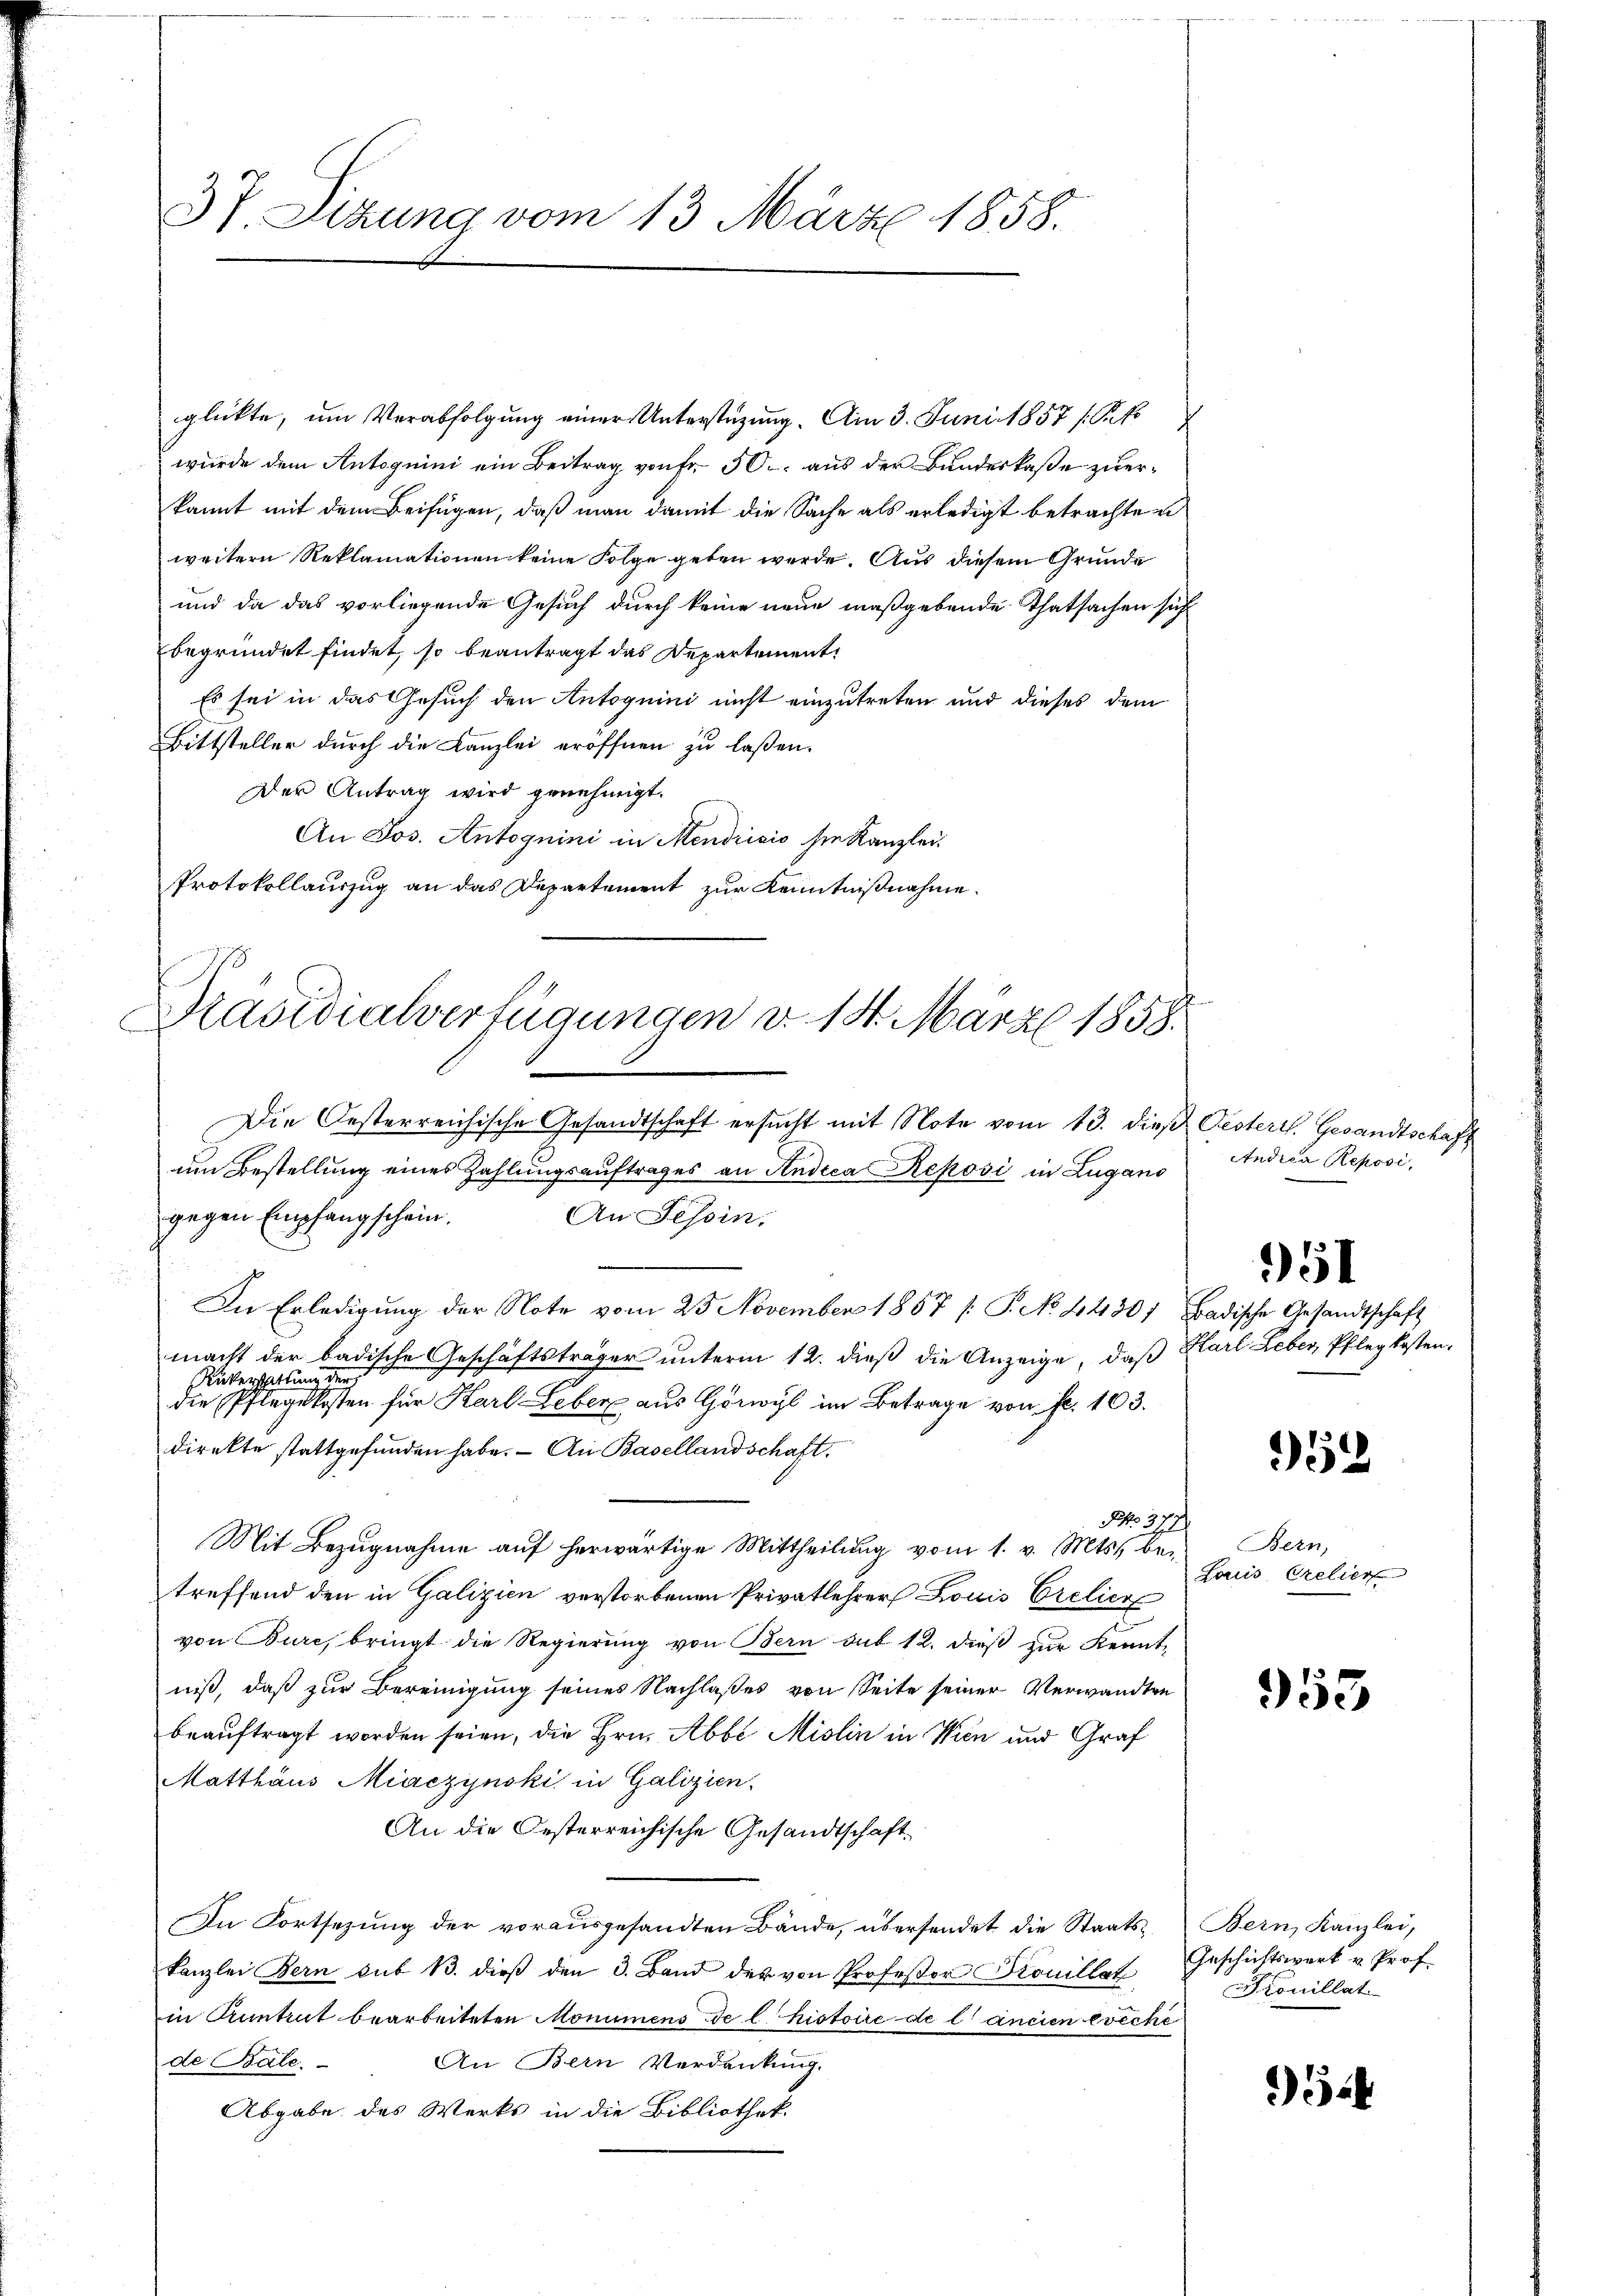
37. Sitzung vom 13. März 1858.

glükte, um Verabfolgung einer Unterstüzung. Am 3. Juni 1857 (Pf
wurde dem Antoguini ein Beitrag von Fr. 50. aus der Bundeskaße zuerkannt mit dem Beifügen, daß man damit die Sache als erledigt betrachten
weitern Reklamationen keine Folge geben werde. Aus diesem Grunde
und da das vorliegende Gesuch durch keine neue maßgebende Thatsachen sich
begründet findet, so beantragt das Departement
Es sei in das Gesuch den Antoquini nicht einzutreten und dieses dem
Bittsteller durch die Kanzlei eröffnen zu laßen.
Der Antrag wird genehmigt.
An Jos. Antognini in Mendrisis sie Kanzlei.
Protokollauszug an das Departement zur Kenntnißnahme.

Präsidialverfügungen v. 18. März 1858.

um Bestellung eines Zahlungsauftrages an Indica Reposi in Zugano
gegen Empfangschein.
An Tessin,
e
In Erledigung der Note vom 25. November 1857 /: P. No 1430) Badische Gesandtschaft
macht der badische Geschäftsträger unterm 12. dieß die Anzeige, daß Karl Leber, Pflegkosten,
Rükerschaftung der
die Pflegekosten für Karl Leber aus Görwyl im Betrage von fr. 103.
direkte stattgefunden habe. - An Basellandschaft
No 277
Mit Bezugnahme auf herwärtige Mittheilung vom 1. v. Mts. be-
treffend den in Galizien verstorbenen Privatlehrer Louis Creliere
von Bure, bringt die Regierung von Bern sub 12. dieß zur Kenntniß, daß zur Bereinigung seines Nachlaßes von Seite seiner Verwandten
beauftragt worden seien, die Hrn. Abbe Mislin in Wien und Graf
Matthäus Miaczynski in Galizien.
An die Oesterreichische Gesandtschaft
In Fortsetzung der vorausgesandten Bände, übersendet die Staats- Bern, Kanzlei,
kanzlei Bern sub 13. dieß den 3. Band des von Professor Trouillat
in Pruntrut bearbeiteten Monumens de l. histoire de l’ancien evechi
de Bale.
An Bern Verdankung.
Abgabe des Werks in die Bibliothek

Die Oesterreichische Gesandtschaft ersucht mit Note vom 13. dieß Pesterr. Gesandtschaft

Andrea Reposi,
951

152

Bern,
Louis Creliert

953

Geschichtswerk u. Prof.
couillat

54